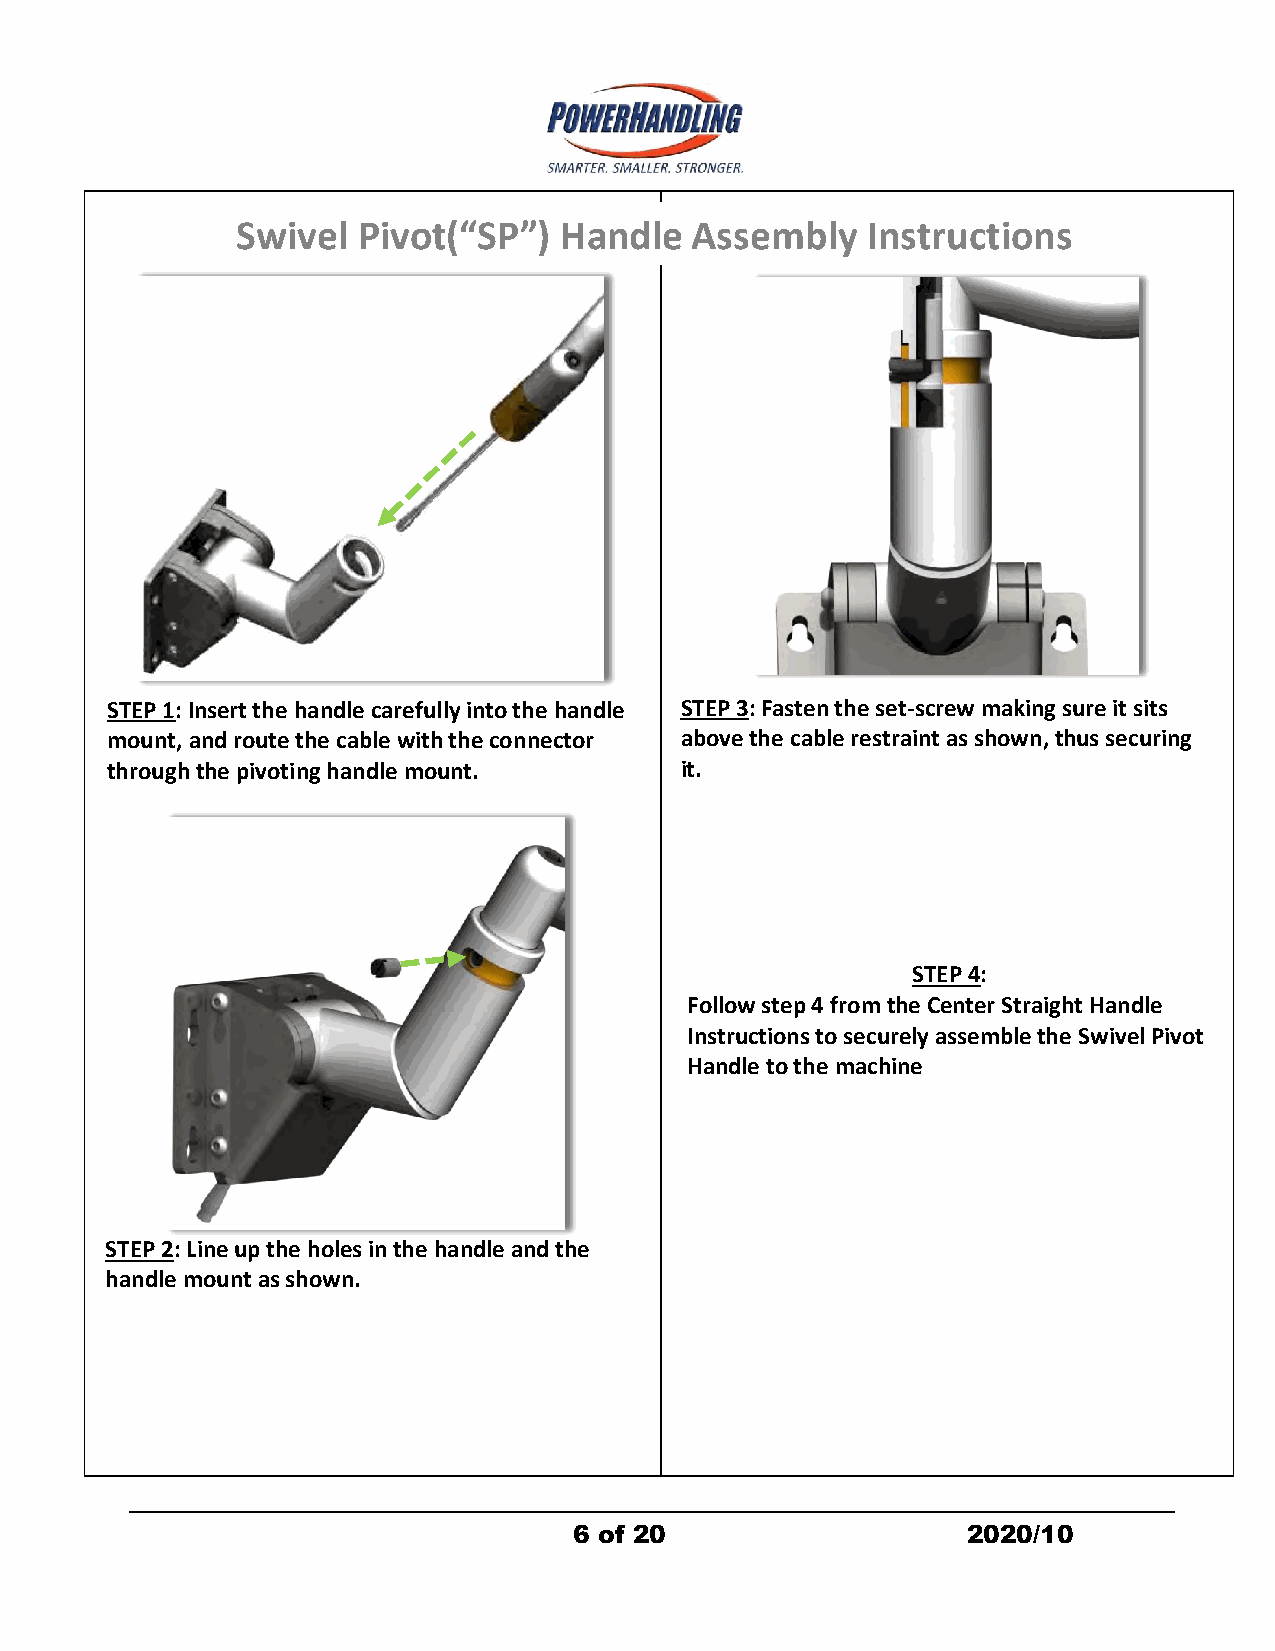
Swivel  Pivot(“SP”)  Handle   Assembly   Instructions
 STEP 1: Insert the handle carefully into the handle STEP 3: Fasten the set-screw making sure it sits
 mount, and route the cable with the connector above the cable restraint as shown, thus securing
 through the pivoting handle mount.    it.
 STEP 4:
 Follow step 4 from the Center Straight Handle
 Instructions to securely assemble the Swivel Pivot
 Handle to the machine
 STEP 2: Line up the holes in the handle and the
 handle mount as shown.
 6 of 20                   2020/10